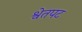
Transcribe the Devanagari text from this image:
श्वेतपट